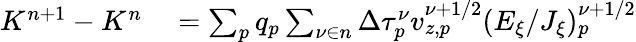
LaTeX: \begin{array}{r}{\begin{array}{rl}{K^{n+1}-K^{n}}&{{}=\sum_{p}q_{p}\sum_{\nu\in n}{\Delta\tau_{p}^{\nu}}{v}_{z,p}^{\nu+1/2}(E_{\xi}/J_{\xi})_{p}^{\nu+1/2}}\end{array}}\end{array}